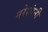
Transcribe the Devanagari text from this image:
नरेशांनी